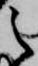
之